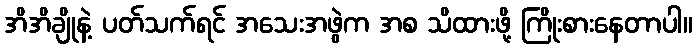
အိအိချိုနဲ့ ပတ်သက်ရင် အသေးအဖွဲက အစ သိထားဖို့ ကြိုးစားနေတာပါ။